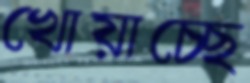
খোয়াচ্ছে